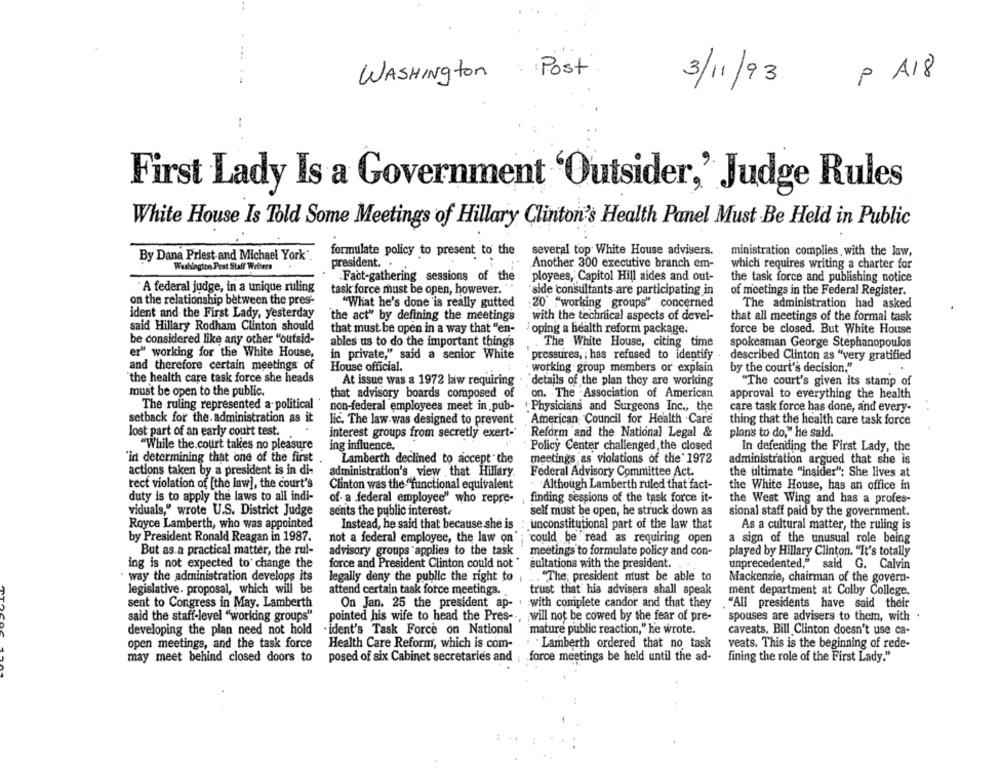
WASHIngton Post
3/11/93 p A18
First Lady Is a Government 'Outsider,' Judge Rules
White House Is Told Some Meetings of Hillary Clinton's Health Panel Must Be Held in Public
formulate policy to present to the
several top White House advisers.
ministration complies with the law,
By Dana Priest-and Michael York".
Washington Post Staff Writers
president.
Another 300 executive branch em-
which requires writing a charter for
.Fact-gathering sessions of the
ployees, Capitol Hill aides and out-
the task force and publishing notice
A federal judge, in a unique ruling
task force must be open, however.
side consultants are participating in
of meetings in the Federal Register.
on the relationship between the pres-
"What he's done is really gutted
:20 "working groups" concerned
The administration had asked
ident and the First Lady, yesterday
"the act" by defining the meetings
with the technical aspects of devel-
that all meetings of the formal task
said Hillary Rodham Clinton should
that must be open in a way that "en-
' oping a health reform package.
force be closed. But White House
be considered like any other "outsid-
ables us to do the important things
The White House, citing time
spokesman George Stephanopoulos
er" working for the White House,
in private," said a senior White
pressures, : has refused to identify
described Clinton as "very gratified
and therefore certain meetings of
House official.
working group members or explain
by the court's decision,"
the health care task force she heads
At issue was a 1972 law requiring
details of the plan they are working
"The court's given its stamp of
must be open to the public.
that advisory boards composed of
on. The Association of American
approval to everything the health
The ruling represented a- political
non-federal employees meet in pub-
.Physicians and Surgeons Inc ., the
care task force has done, and every-
setback for the administration as it
lic. The law was designed to prevent
American Council for Health Care
thing that the health care task force
lost part of an early court test.
interest groups from secretly exert- Reform and the National Legal &
plans to do," he said.
"While the court takes no pleasure
ing influence.
Policy Center challenged, the closed
In defending the First Lady, the
'in determining that one of the first
Lamberth declined to accept the
meetings as violations of the' 1972
administration argued that she is
actions taken by a president is in di-
administration's view that Hillary
Federal Advisory Committee Act.
the ultimate "insider"; She lives at
rect violation of [the law], the court's
Clinton was the "functional equivalent
Although Lamberth ruled that fact-
the White House, has an office in
duty is to apply the laws to all indi-
of. a .federal employee" who repre-
finding sessions of the task force it-
the West Wing and has a profes-
viduals," wrote U.S. District Judge
sents the public interest.
self must be open, he struck down as
sional staff paid by the government.
Royce Lamberth, who was appointed
Instead, he said that because she is
: unconstitutional part of the law that
As a cultural matter, the ruling is
by President Ronald Reagan in 1987.
not a federal employee, the law on
could be read as requiring open
a sign of the unusual role being
But as a practical matter, the rul-
advisory groups applies to the task
meetings to formulate policy and con-
played by Hillary Clinton. "It's totally
ing is not expected to change the
force and President Clinton could not
sultations with the president ...
unprecedented," said G. Calvin
· way the administration develops its
... "The, president must be able to
legally deny the public the right to
Mackenzie, chairman of the govern-
legislative. proposal, which will be
attend certain task force meetings.
trust that his advisers shall speak
ment department at Colby College.
sent to Congress in May. Lamberth
On Jan. 25 the president ap- . with complete candor and that they
"All presidents have said their
said the staff-level "working groups"
pointed his wife to head the Pres --, will not be cowed by the fear of pre-
spouses are advisers to them, with
developing the plan need not hold
.ident's Task Force on National
"mature public reaction," he wrote.
caveats, Bill Clinton doesn't use ca-
open meetings, and the task force
Health Care Reform, which is com-
Lamberth ordered that no task
veats. This is the beginning of rede-
may meet behind closed doors to
posed of six Cabinet secretaries and
force meetings be held until the ad-
fining the role of the First Lady."